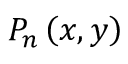
P _ { n } \left( x , y \right)